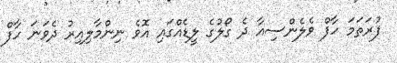
ފުރަތަމަ ހާފް ވެލެންސިއާ ދެ ގޯލުގެ ލީޑެއްގައި އޮވެ ނިންމާލިއިރު ދެވަނަ ހާފް